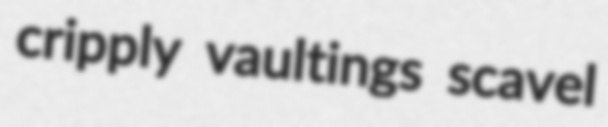
cripply vaultings scavel